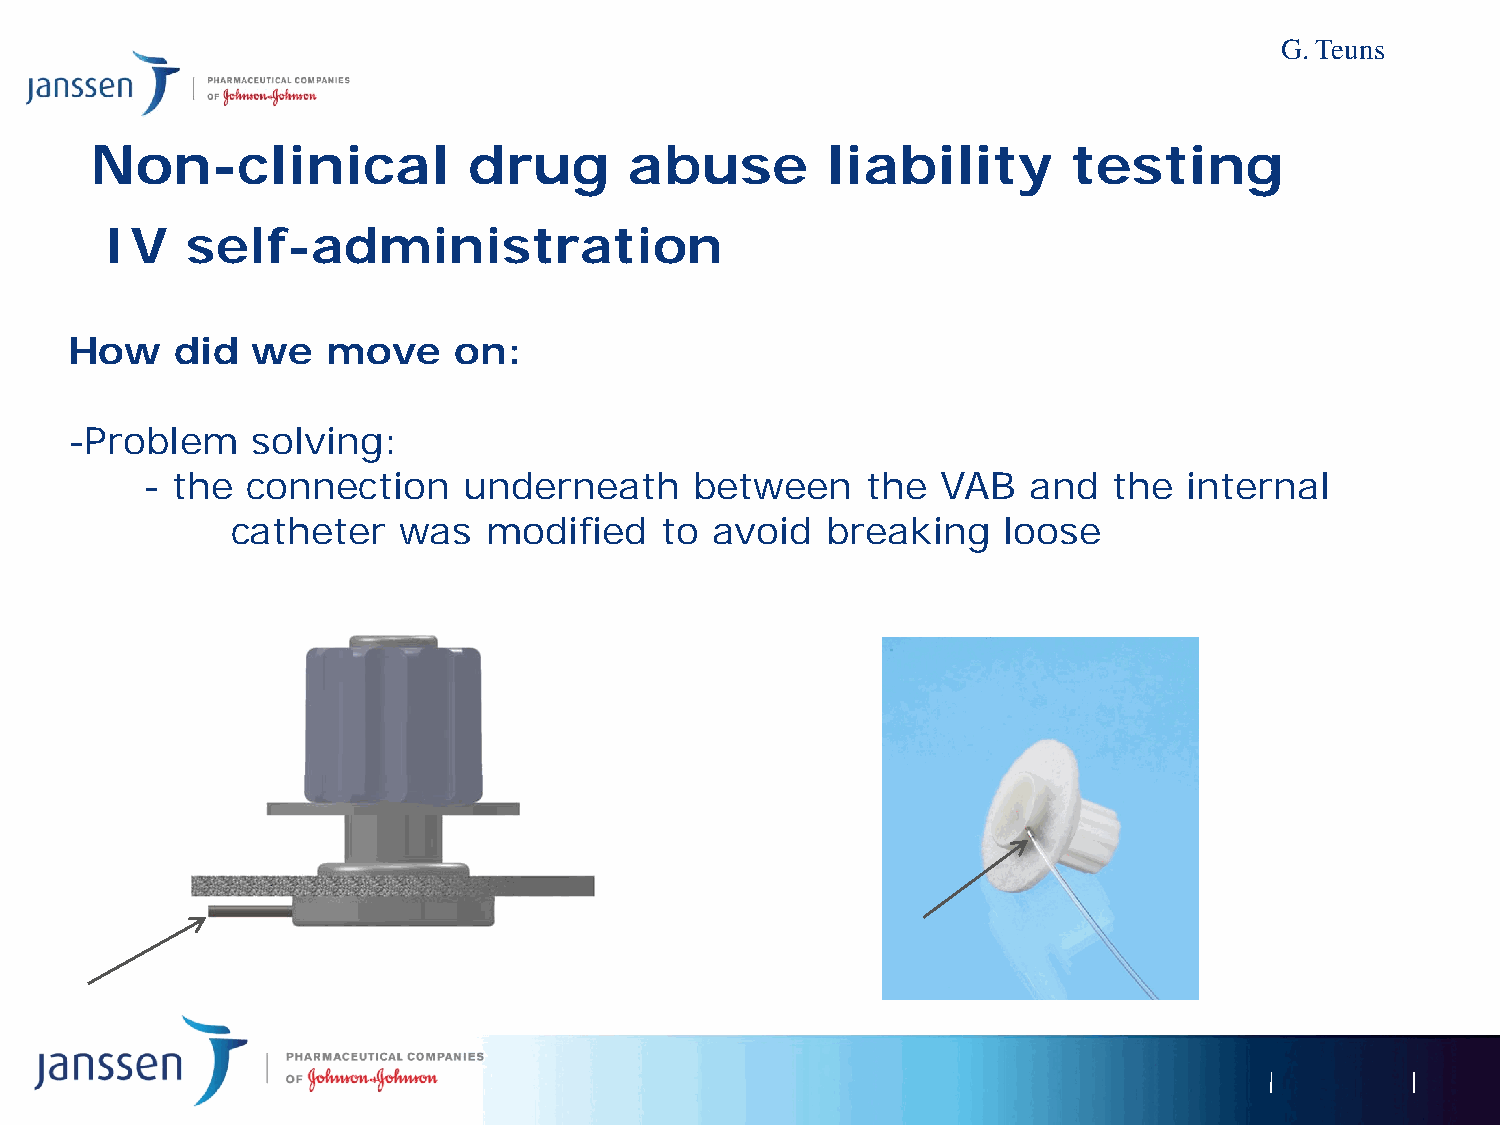
G. Teuns
 Non-clinical             drug       abuse        liability       testing
 IV   self-administration
 How    did   we   move    on:
 -Problem     solving:
 - the  connection     underneath     between    the  VAB   and   the  internal
 catheter   was   modified    to avoid   breaking   loose